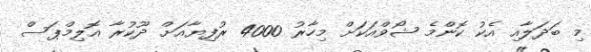
މި ބަދަލާއި އެކު ކޮންމެ ޝޯވްއަކަށް މިހާރު 4000 ރުފިޔާއަށް ދޫކުރާ އޮލިމްޕަސް